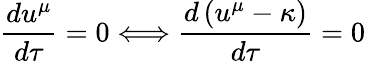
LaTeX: \frac{du^{\mu}}{d\tau}=0\Longleftrightarrow\frac{d\left(u^{\mu}-\kappa\right)}{d\tau}=0